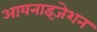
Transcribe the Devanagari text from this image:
आयनाइजेशन